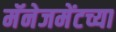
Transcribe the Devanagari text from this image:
मॅनेजमेंटच्या